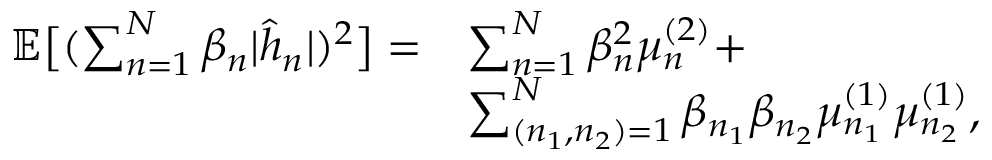
\begin{array} { r l } { \mathbb { E } \big [ ( \sum _ { n = 1 } ^ { N } \beta _ { n } | \hat { h } _ { n } | ) ^ { 2 } \big ] = } & { \sum _ { n = 1 } ^ { N } \beta _ { n } ^ { 2 } \mu _ { n } ^ { ( 2 ) } + } \\ & { \sum _ { ( n _ { 1 } , n _ { 2 } ) = 1 } ^ { N } \beta _ { n _ { 1 } } \beta _ { n _ { 2 } } \mu _ { n _ { 1 } } ^ { ( 1 ) } \mu _ { n _ { 2 } } ^ { ( 1 ) } , } \end{array}